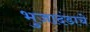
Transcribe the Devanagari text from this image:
भुजादंडाचे